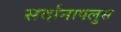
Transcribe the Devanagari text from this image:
सर्दानापलुस